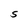
Character: S